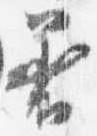
着